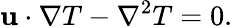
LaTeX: \mathbf{u}\cdot\nabla T-\nabla^{2}T=0.